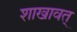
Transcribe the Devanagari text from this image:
शाखावत्